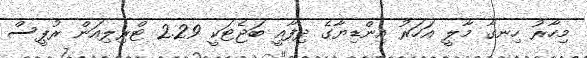
މިހާރު ހިނގާ މާލީ އަހަރު އިންޑިޔާގެ ދިފާއީ ބަޖެޓަކީ 2.29 ޓްރިލިއަން ރުޕީސް